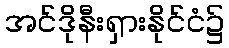
အင်ဒိုနီးရှားနိုင်ငံ၌